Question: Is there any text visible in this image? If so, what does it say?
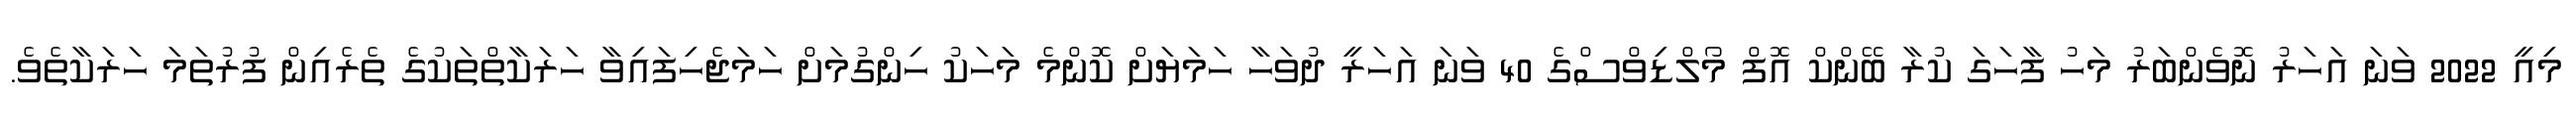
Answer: މިއީ 2022 ވަނަ އަހަރު ނޮވެންބަރު މަހު ފާހަގަ ކުރާ ބޭންކް އޮފް މޯލްޑިވްސްގެ 40 ވަނަ އަހަރީ ދުވަހާ ހަމަޔަށް ކޮންމެ މަހަކު ހިންގުމަށް ހަމަޖެހިފައިވާ ހަރަކާތްތަކުގެ ތެރެއިން ފުރުތަމަ ހަރަކާތެވެ.